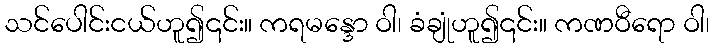
သင်ပေါင်းငယ်ဟူ၍၎င်း။ ကရမန္ဒော ဝါ၊ ခံချုံဟူ၍၎င်း။ ကဏဝီရော ဝါ၊